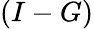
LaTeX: \left(I-G\right)